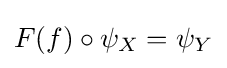
F(f)\circ \psi _{X}=\psi _{Y}